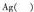
A g$$（）